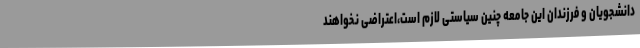
دانشجویان و فرزندان این جامعه چنین سیاستی لازم است،اعتراضی نخواهند